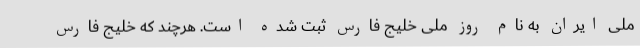
ملی ایران به‌ نام روز ملی خلیج فارس ثبت شده است. هرچند که خلیج فارس